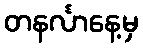
တနင်္လာနေ့မှ